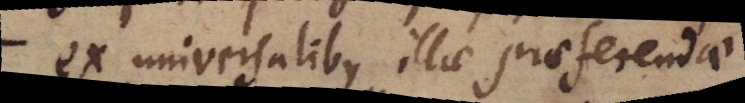
ex universalibus illae praeferendae